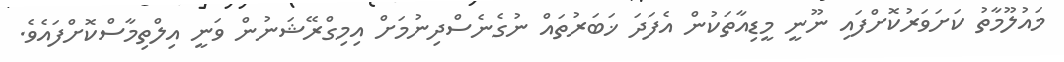
މައުލޫމާތު ކަށަވަރުކޮށްފައި ނޫނީ މީޑިއާތަކުން އެފަދަ ޚަބަރުތައް ނުގެެނެސްދިނުމަށް އިމިގްރޭޝަނުން ވަނީ އިލްތިމާސްކޮށްފައެވެ.